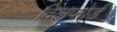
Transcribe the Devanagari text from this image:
विलफोर्ड